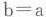
$$b = a$$